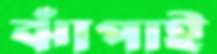
ঝাঁপাই